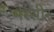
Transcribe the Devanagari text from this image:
मेस्सीर